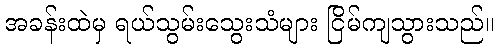
အခန်းထဲမှ ရယ်သွမ်းသွေးသံများ ငြိမ်ကျသွားသည်။